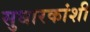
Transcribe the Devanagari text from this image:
सुधारकांशी